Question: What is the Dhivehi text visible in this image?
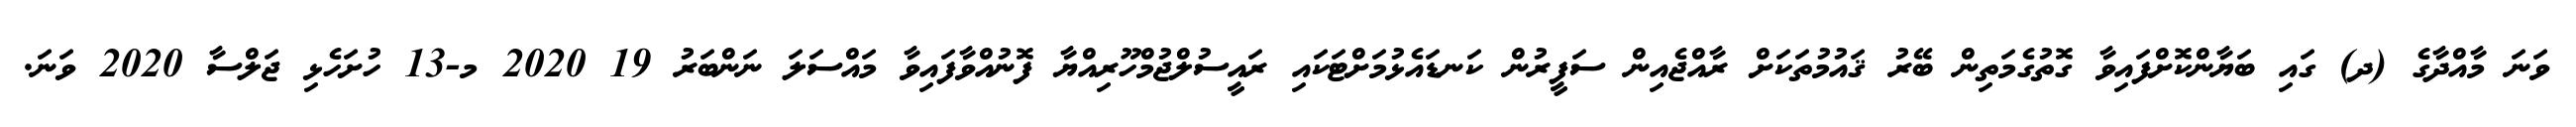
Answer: ވަނަ މާއްދާގެ (ދ) ގައި ބަޔާންކޮށްފައިވާ ގޮތުގެމަތިން ބޭރު ޤައުމުތަކަށް ރާއްޖެއިން ސަފީރުން ކަނޑައެޅުމަށްޓަކައި ރައީސުލްޖުމްހޫރިއްޔާ ފޮނުއްވާފައިވާ މައްސަލަ ނަންބަރު 19 2020 މ-13 ހުށަހެޅި ޖަލްސާ 2020 ވަނަ.